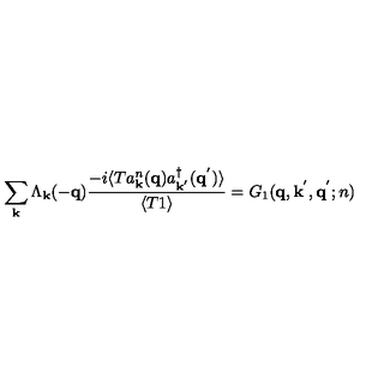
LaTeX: \sum _ { { \bf { k } } } \Lambda _ { { \bf { k } } } ( - { \bf { q } } ) \frac { - i \langle T a _ { { \bf { k } } } ^ { n } ( { \bf { q } } ) a _ { { \bf { k } } ^ { ' } } ^ { \dagger } ( { \bf { q } } ^ { ' } ) \rangle } { \langle T 1 \rangle } = G _ { 1 } ( { \bf { q } } , { \bf { k } } ^ { ' } , { \bf { q } } ^ { ' } ; n )